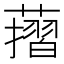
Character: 𦾬